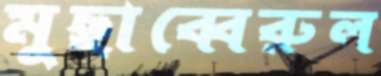
মুছাব্বেরুল